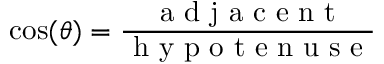
\cos ( \theta ) = { \frac { \textrm { a d j a c e n t } } { \textrm { h y p o t e n u s e } } }